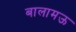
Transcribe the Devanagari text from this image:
बालामऊ